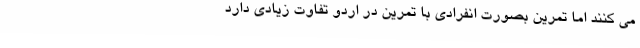
می کنند اما تمرین بصورت انفرادی با تمرین در اردو تفاوت زیادی دارد